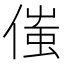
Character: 𠋷